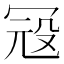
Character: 𱏽